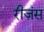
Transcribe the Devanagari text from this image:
रीज़ंस